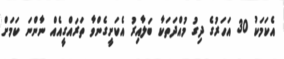
އެކަމަކު 30 އަހަރުގެ ދިގު މުއްދަތަކާ ބަލާއިރު އެކަށީގެންވާ ތަރައްގީއެއް ނާންނަ ކަމަށް